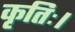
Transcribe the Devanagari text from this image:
कृतिः।